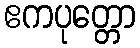
ဧကပုတ္တော